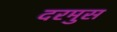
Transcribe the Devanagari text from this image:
दरमुस